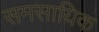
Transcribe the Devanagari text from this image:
समसायिक